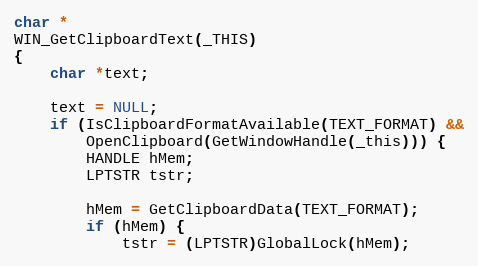
Language: C
char *
WIN_GetClipboardText(_THIS)
{
    char *text;

    text = NULL;
    if (IsClipboardFormatAvailable(TEXT_FORMAT) &&
        OpenClipboard(GetWindowHandle(_this))) {
        HANDLE hMem;
        LPTSTR tstr;

        hMem = GetClipboardData(TEXT_FORMAT);
        if (hMem) {
            tstr = (LPTSTR)GlobalLock(hMem);